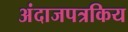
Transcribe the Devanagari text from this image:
अंदाजपत्रकिय